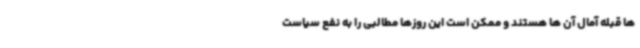
ها قبله آمال آن ها هستند و ممکن است این روزها مطالبی را به نفع سیاست